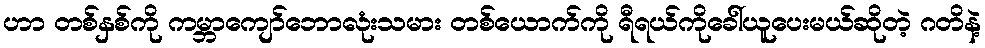
ဟာ တစ်နှစ်ကို ကမ္ဘာကျော်ဘောလုံးသမား တစ်ယောက်ကို ရီရယ်ကိုခေါ်ယူပေးမယ်ဆိုတဲ့ ဂတိနဲ့